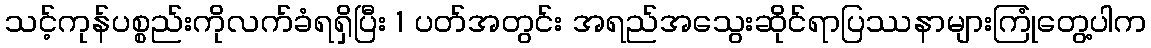
သင့်ကုန်ပစ္စည်းကိုလက်ခံရရှိပြီး 1 ပတ်အတွင်း အရည်အသွေးဆိုင်ရာပြဿနာများကြုံတွေ့ပါက